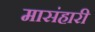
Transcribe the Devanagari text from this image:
मासंहारी